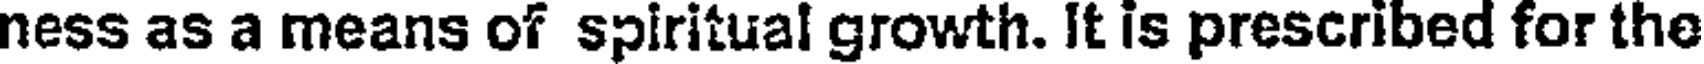
ness as a means of spiritual growth. It is prescribed for the